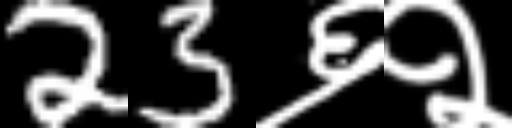
Text: 23६२